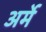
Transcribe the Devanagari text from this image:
अर्मे